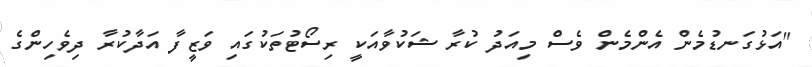
"އަޅުގަނޑުމެން އެންމެން ވެސް މިއަދު ކުރާ ޝަކުވާއަކީ ރިސޯޓުތަކުގައި ވަޒީފާ އަދާކުރާ ދިވެހިންގެ